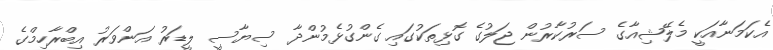
އެކަމަނާއަކީ މެލޭޝިއާގެ ސަރުކާރުން ޖަލުގެ ގޮޅިތަކުގައި ގެންގުޅެމުންދާ ސިޔާސީ ލީޑަރު އަންވަރު އިބްރާހިމްގެ